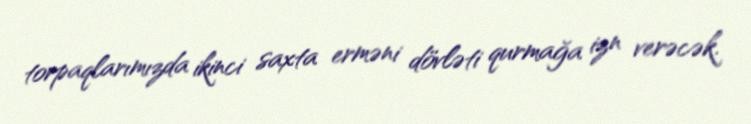
torpaqlarımızda ikinci saxta erməni dövləti qurmağa izn verəcək.